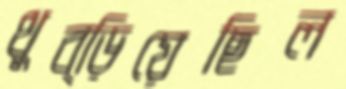
থুব্‌ড়িয়েছিল